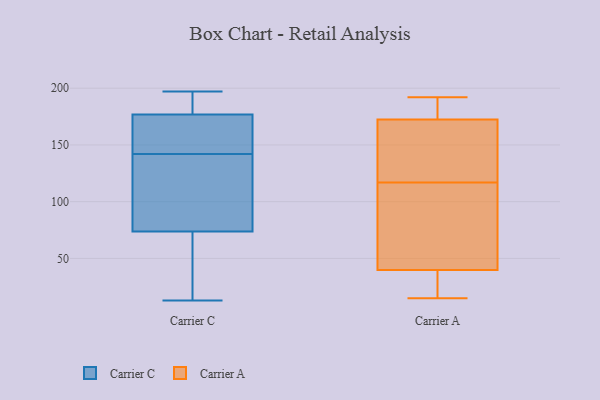
{"axis": {"x": "LTV (USD)", "y": "Value"}, "legend": ["Carrier A", "Carrier C"], "data": [{"x": "", "y": 84, "type": "Carrier C"}, {"x": "", "y": 79, "type": "Carrier C"}, {"x": "", "y": 171, "type": "Carrier C"}, {"x": "", "y": 188, "type": "Carrier C"}, {"x": "", "y": 186, "type": "Carrier C"}, {"x": "", "y": 142, "type": "Carrier C"}, {"x": "", "y": 128, "type": "Carrier C"}, {"x": "", "y": 176, "type": "Carrier C"}, {"x": "", "y": 30, "type": "Carrier C"}, {"x": "", "y": 13, "type": "Carrier C"}, {"x": "", "y": 177, "type": "Carrier C"}, {"x": "", "y": 184, "type": "Carrier C"}, {"x": "", "y": 167, "type": "Carrier C"}, {"x": "", "y": 197, "type": "Carrier C"}, {"x": "", "y": 39, "type": "Carrier C"}, {"x": "", "y": 122, "type": "Carrier C"}, {"x": "", "y": 149, "type": "Carrier C"}, {"x": "", "y": 45, "type": "Carrier C"}, {"x": "", "y": 72, "type": "Carrier C"}, {"x": "", "y": 192, "type": "Carrier A"}, {"x": "", "y": 65, "type": "Carrier A"}, {"x": "", "y": 75, "type": "Carrier A"}, {"x": "", "y": 117, "type": "Carrier A"}, {"x": "", "y": 136, "type": "Carrier A"}, {"x": "", "y": 20, "type": "Carrier A"}, {"x": "", "y": 178, "type": "Carrier A"}, {"x": "", "y": 35, "type": "Carrier A"}, {"x": "", "y": 123, "type": "Carrier A"}, {"x": "", "y": 15, "type": "Carrier A"}, {"x": "", "y": 175, "type": "Carrier A"}, {"x": "", "y": 156, "type": "Carrier A"}, {"x": "", "y": 17, "type": "Carrier A"}, {"x": "", "y": 181, "type": "Carrier A"}, {"x": "", "y": 54, "type": "Carrier A"}, {"x": "", "y": 81, "type": "Carrier A"}, {"x": "", "y": 165, "type": "Carrier A"}, {"x": "", "y": 16, "type": "Carrier A"}, {"x": "", "y": 181, "type": "Carrier A"}]}